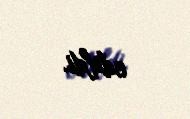
edildi.